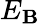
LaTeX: E_{\mathbf{B}}